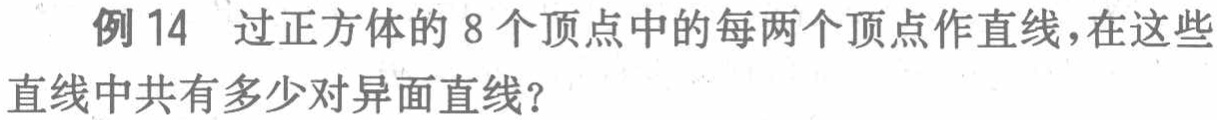
例14 过正方体的8个顶点中的每两个顶点作直线，在这些直线中共有多少对异面直线？